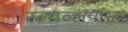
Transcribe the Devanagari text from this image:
स्लाव्हांपासून